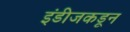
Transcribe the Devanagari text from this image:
इंडीजकडून